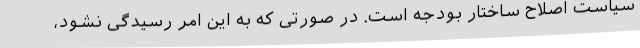
سیاست اصلاح ساختار بودجه است. در صورتی که به این امر رسیدگی نشود،